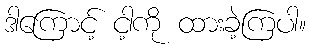
ဒါကြောင့် ငါ့ကို ထားခဲ့ကြပါ။